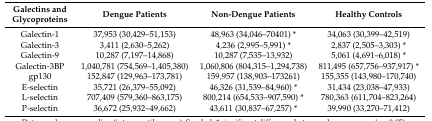
<table><thead><tr><td><b>Galectins and Glycoproteins</b></td><td><b>Dengue Patients</b></td><td><b>Non-Dengue Patients</b></td><td><b>Healthy Controls</b></td></tr></thead><tbody><tr><td>Galectin-1</td><td>37,953 (30,429–51,153)</td><td>48,963 (34,046–70401) *</td><td>34,063 (30,399–42,519)</td></tr><tr><td>Galectin-3</td><td>3,411 (2,630–5,262)</td><td>4,236 (2,995–5,991) *</td><td>2,837 (2,505–3,303) *</td></tr><tr><td>Galectin-9</td><td>10,287 (7,197–14,868)</td><td>10,287 (7,535–13,932)</td><td>5,061 (4,691–6,018) *</td></tr><tr><td>Galectin-3BP</td><td>1,040,781 (754,569–1,405,380)</td><td>1,060,806 (804,315–1,294,738)</td><td>811,495 (657,756–937,917) *</td></tr><tr><td>gp130</td><td>152,847 (129,963–173,781)</td><td>159,957 (138,903–173261)</td><td>155,355 (143,980–170,740)</td></tr><tr><td>E-selectin</td><td>35,721 (26,379–55,092)</td><td>46,326 (31,539–84,960) *</td><td>31,434 (23,038–47,933)</td></tr><tr><td>L-selectin</td><td>707,409 (579,360–863,175)</td><td>800,214 (654,533–907,590) *</td><td>780,363 (611,704–823,264)</td></tr><tr><td>P-selectin</td><td>36,672 (25,932–49,662)</td><td>43,611 (30,837–67,257) *</td><td>39,990 (33,270–71,412)</td></tr></tbody></table>